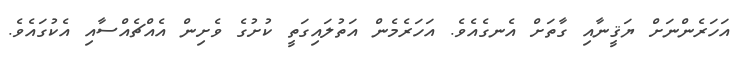
އަހަރެންނަށް ޔަޤީނާއި ގާތަށް އެނގެއެވެ. އަހަރެމެން އަތުލައިގަތީ ކުށުގެ ވެށިން އެއްޗެއްސާއި އެކުގައެވެ.